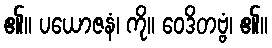
၏။ ပယောဇနံ၊ ကို။ ဝေဒိတဗ္ဗံ၊ ၏။